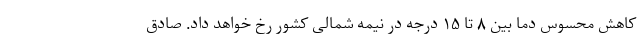
کاهش محسوس دما بین ۸ تا ۱۵ درجه در نیمه شمالی کشور رخ خواهد داد. صادق